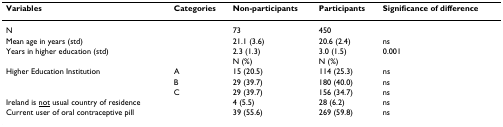
<table><thead><tr><td><b>Variables</b></td><td><b>Categories</b></td><td><b>Non-participants</b></td><td><b>Participants</b></td><td><b>Significance of difference</b></td></tr></thead><tbody><tr><td>N</td><td></td><td>73</td><td>450</td><td></td></tr><tr><td>Mean age in years (std)</td><td></td><td>21.1 (3.6)</td><td>20.6 (2.4)</td><td>ns</td></tr><tr><td>Years in higher education (std)</td><td></td><td>2.3 (1.3)</td><td>3.0 (1.5)</td><td>0.001</td></tr><tr><td></td><td></td><td>N (%)</td><td>N (%)</td><td></td></tr><tr><td>Higher Education Institution</td><td>A</td><td>15 (20.5)</td><td>114 (25.3)</td><td>ns</td></tr><tr><td></td><td>B</td><td>29 (39.7)</td><td>180 (40.0)</td><td>ns</td></tr><tr><td></td><td>C</td><td>29 (39.7)</td><td>156 (34.7)</td><td>ns</td></tr><tr><td>Ireland is <underline>not</underline> usual country of residence</td><td></td><td>4 (5.5)</td><td>28 (6.2)</td><td>ns</td></tr><tr><td>Current user of oral contraceptive pill</td><td></td><td>39 (55.6)</td><td>269 (59.8)</td><td>ns</td></tr></tbody></table>